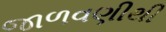
જાળવણીથી